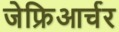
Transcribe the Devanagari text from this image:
जेफ्रिआर्चर